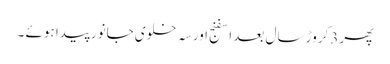
پھر 3کروڑ سال بعد اسفنج اور سہ خلوی جانور پیدا ہوئے ۔